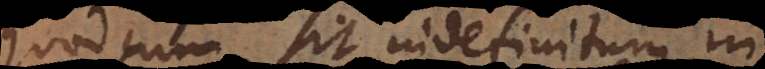
quod cum sit indefinitum, in